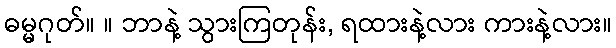
ဓမ္မဂုတ်။ ။ ဘာနဲ့ သွားကြတုန်း, ရထားနဲ့လား ကားနဲ့လား။